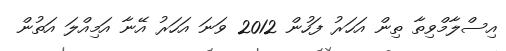
އިސްލާމްވިތާ ތިން އަހަރު ފަހުން 2012 ވަނަ އަހަރު އޭނާ އަމިއްލަ އަތުން